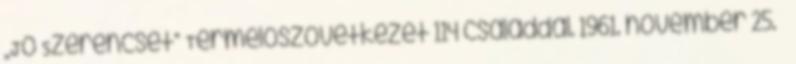
„Jó Szerencsét” Termelőszövetkezet 114 családdal. 1961. november 25. –